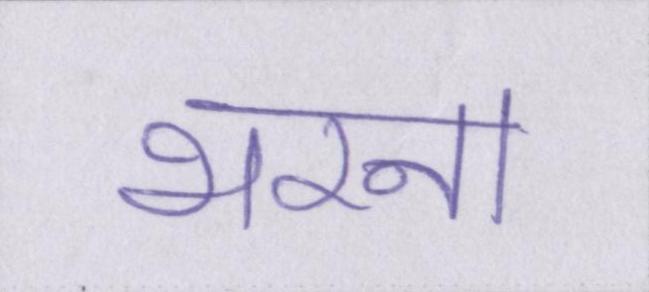
भरना